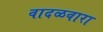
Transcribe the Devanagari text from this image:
वादळवारा